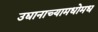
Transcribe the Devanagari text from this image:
उद्यानाच्यामधोमध